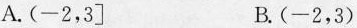
A. (-2，3] B. (-2，3)